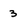
Character: 3